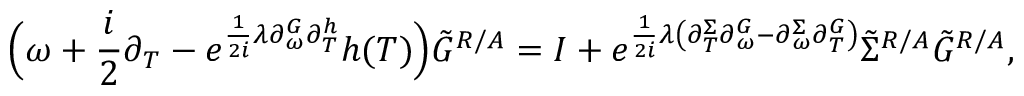
\Big ( \omega + \frac { i } { 2 } \partial _ { T } - e ^ { \frac { 1 } { 2 i } \lambda \partial _ { \omega } ^ { G } \partial _ { T } ^ { h } } h ( T ) \Big ) \tilde { G } ^ { R / A } = I + e ^ { \frac { 1 } { 2 i } \lambda \left( \partial _ { T } ^ { \Sigma } \partial _ { \omega } ^ { G } - \partial _ { \omega } ^ { \Sigma } \partial _ { T } ^ { G } \right) } \tilde { \Sigma } ^ { R / A } \tilde { G } ^ { R / A } ,